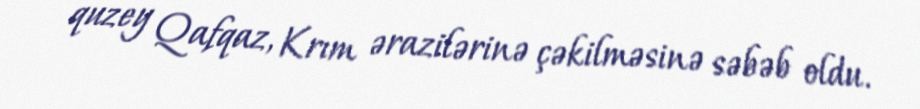
quzey Qafqaz, Krım ərazilərinə çəkilməsinə səbəb oldu.